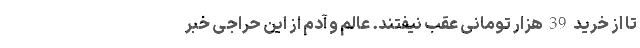
تا از خرید 39 هزار تومانی عقب نیفتند. عالم و آدم از این حراجی خبر